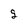
Character: 9